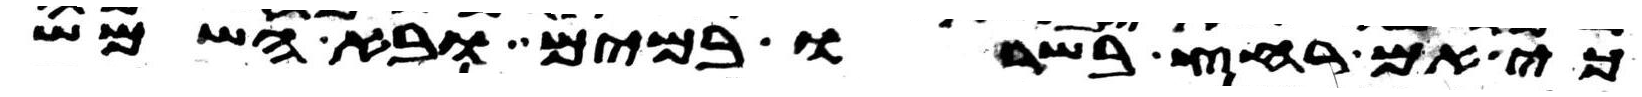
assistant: כי אם רחץ בשרו במים ובא השמש